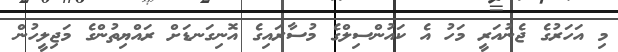
މި އަހަރުގެ ޖެނުއަރީ މަހު އެ ކައުންސިލްގެ މުސާރައިގެ އޮނިގަނޑަށް ރައްޔިތުންގެ މަޖިލީހުން